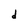
Character: d